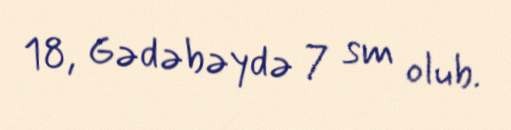
18, Gədəbəydə 7 sm olub.